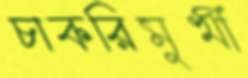
চাকরিমুখী